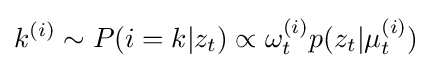
k^{(i)}\sim P(i=k|z_{t})\propto \omega _{t}^{(i)}p(z_{t}|\mu _{t}^{(i)})